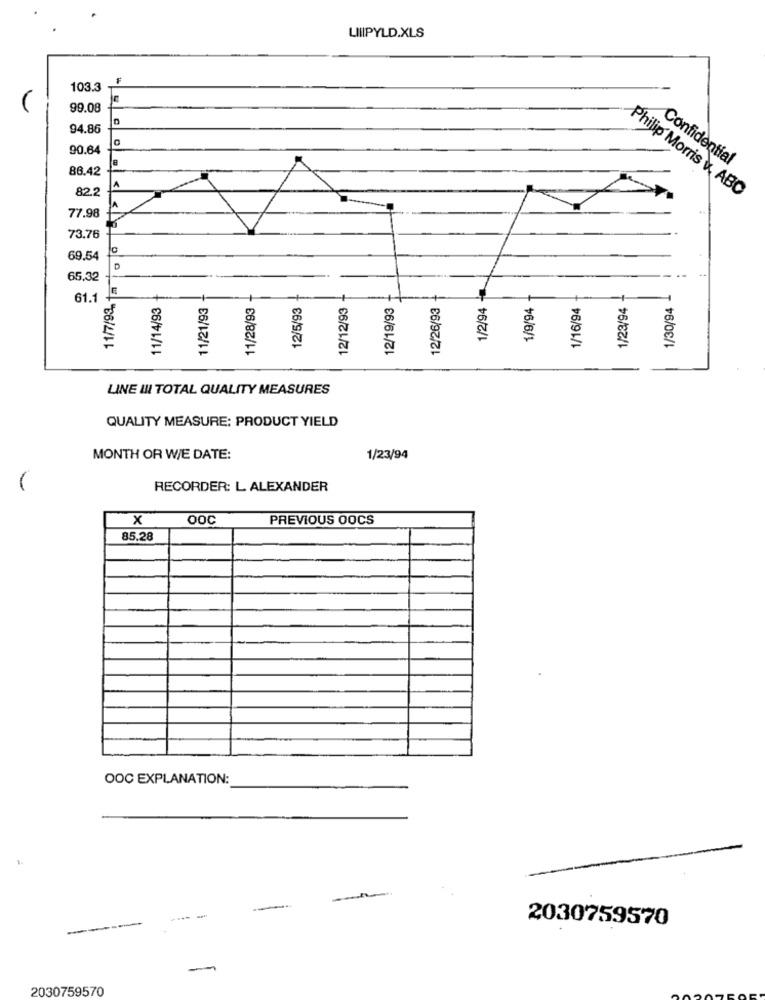
LIIIPYLD.XLS
103.3
99.08
94.86
90.64
Confidential
86.42
82.2
A
Philip Morris &, ABC
77.98
73.76
69.54
11/7/93. 1m @
65,32
61.1
11/14/93
11/21/93
11/28/93
12/5/93
12/12/93
12/19/93
12/26/93
1/2/94
1/9/94
1/16/94
1/23/94
1/30/94
LINE III TOTAL QUALITY MEASURES
QUALITY MEASURE: PRODUCT YIELD
A
MONTH OR WE DATE:
1/23/94
RECORDER: L ALEXANDER
X
OOC
PREVIOUS OOCS
85.28
OOC EXPLANATION:
-
2030759570
2030759570